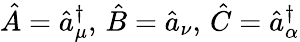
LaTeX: \hat{A}=\hat{a}_{\mu}^{\dagger},\, \hat{B}=\hat{a}_{\nu},\, \hat{C}=\hat{a}_{\alpha}^{\dagger}